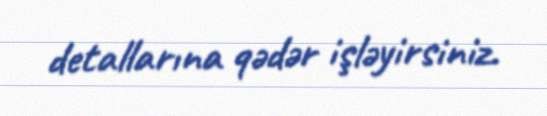
detallarına qədər işləyirsiniz.